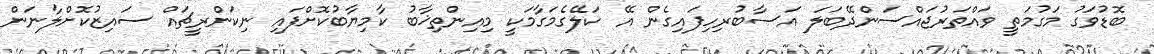
ބޮޑުވަގު މަގުމަތީ ވައްތަރުޖައްސަންދޭބަލަ އަސާބުރިހިފައިގެން އޭ ކަލޭގެމަގާމަކީ މިއިންތިޚާބު ކާމިޔާބުކޮށްފައި ނިކަންރީޗައް ސައިޒުކޮށްލާނަން